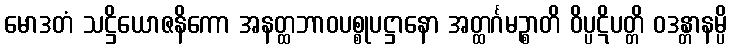
မောဒတံ သဋ္ဌိယောဇနိကော အနတ္ထဘာဝပစ္စုပဋ္ဌာနော အတ္ထင်္ဂမဉ္စာတိ ဝိပ္ပဋိပတ္တိ ဝဒန္တာနမ္ပိ